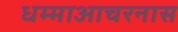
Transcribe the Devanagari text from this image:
धम्माआचरनास